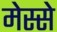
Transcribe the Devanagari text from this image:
मेस्से